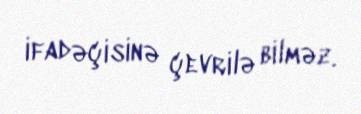
ifadəçisinə çevrilə bilməz.